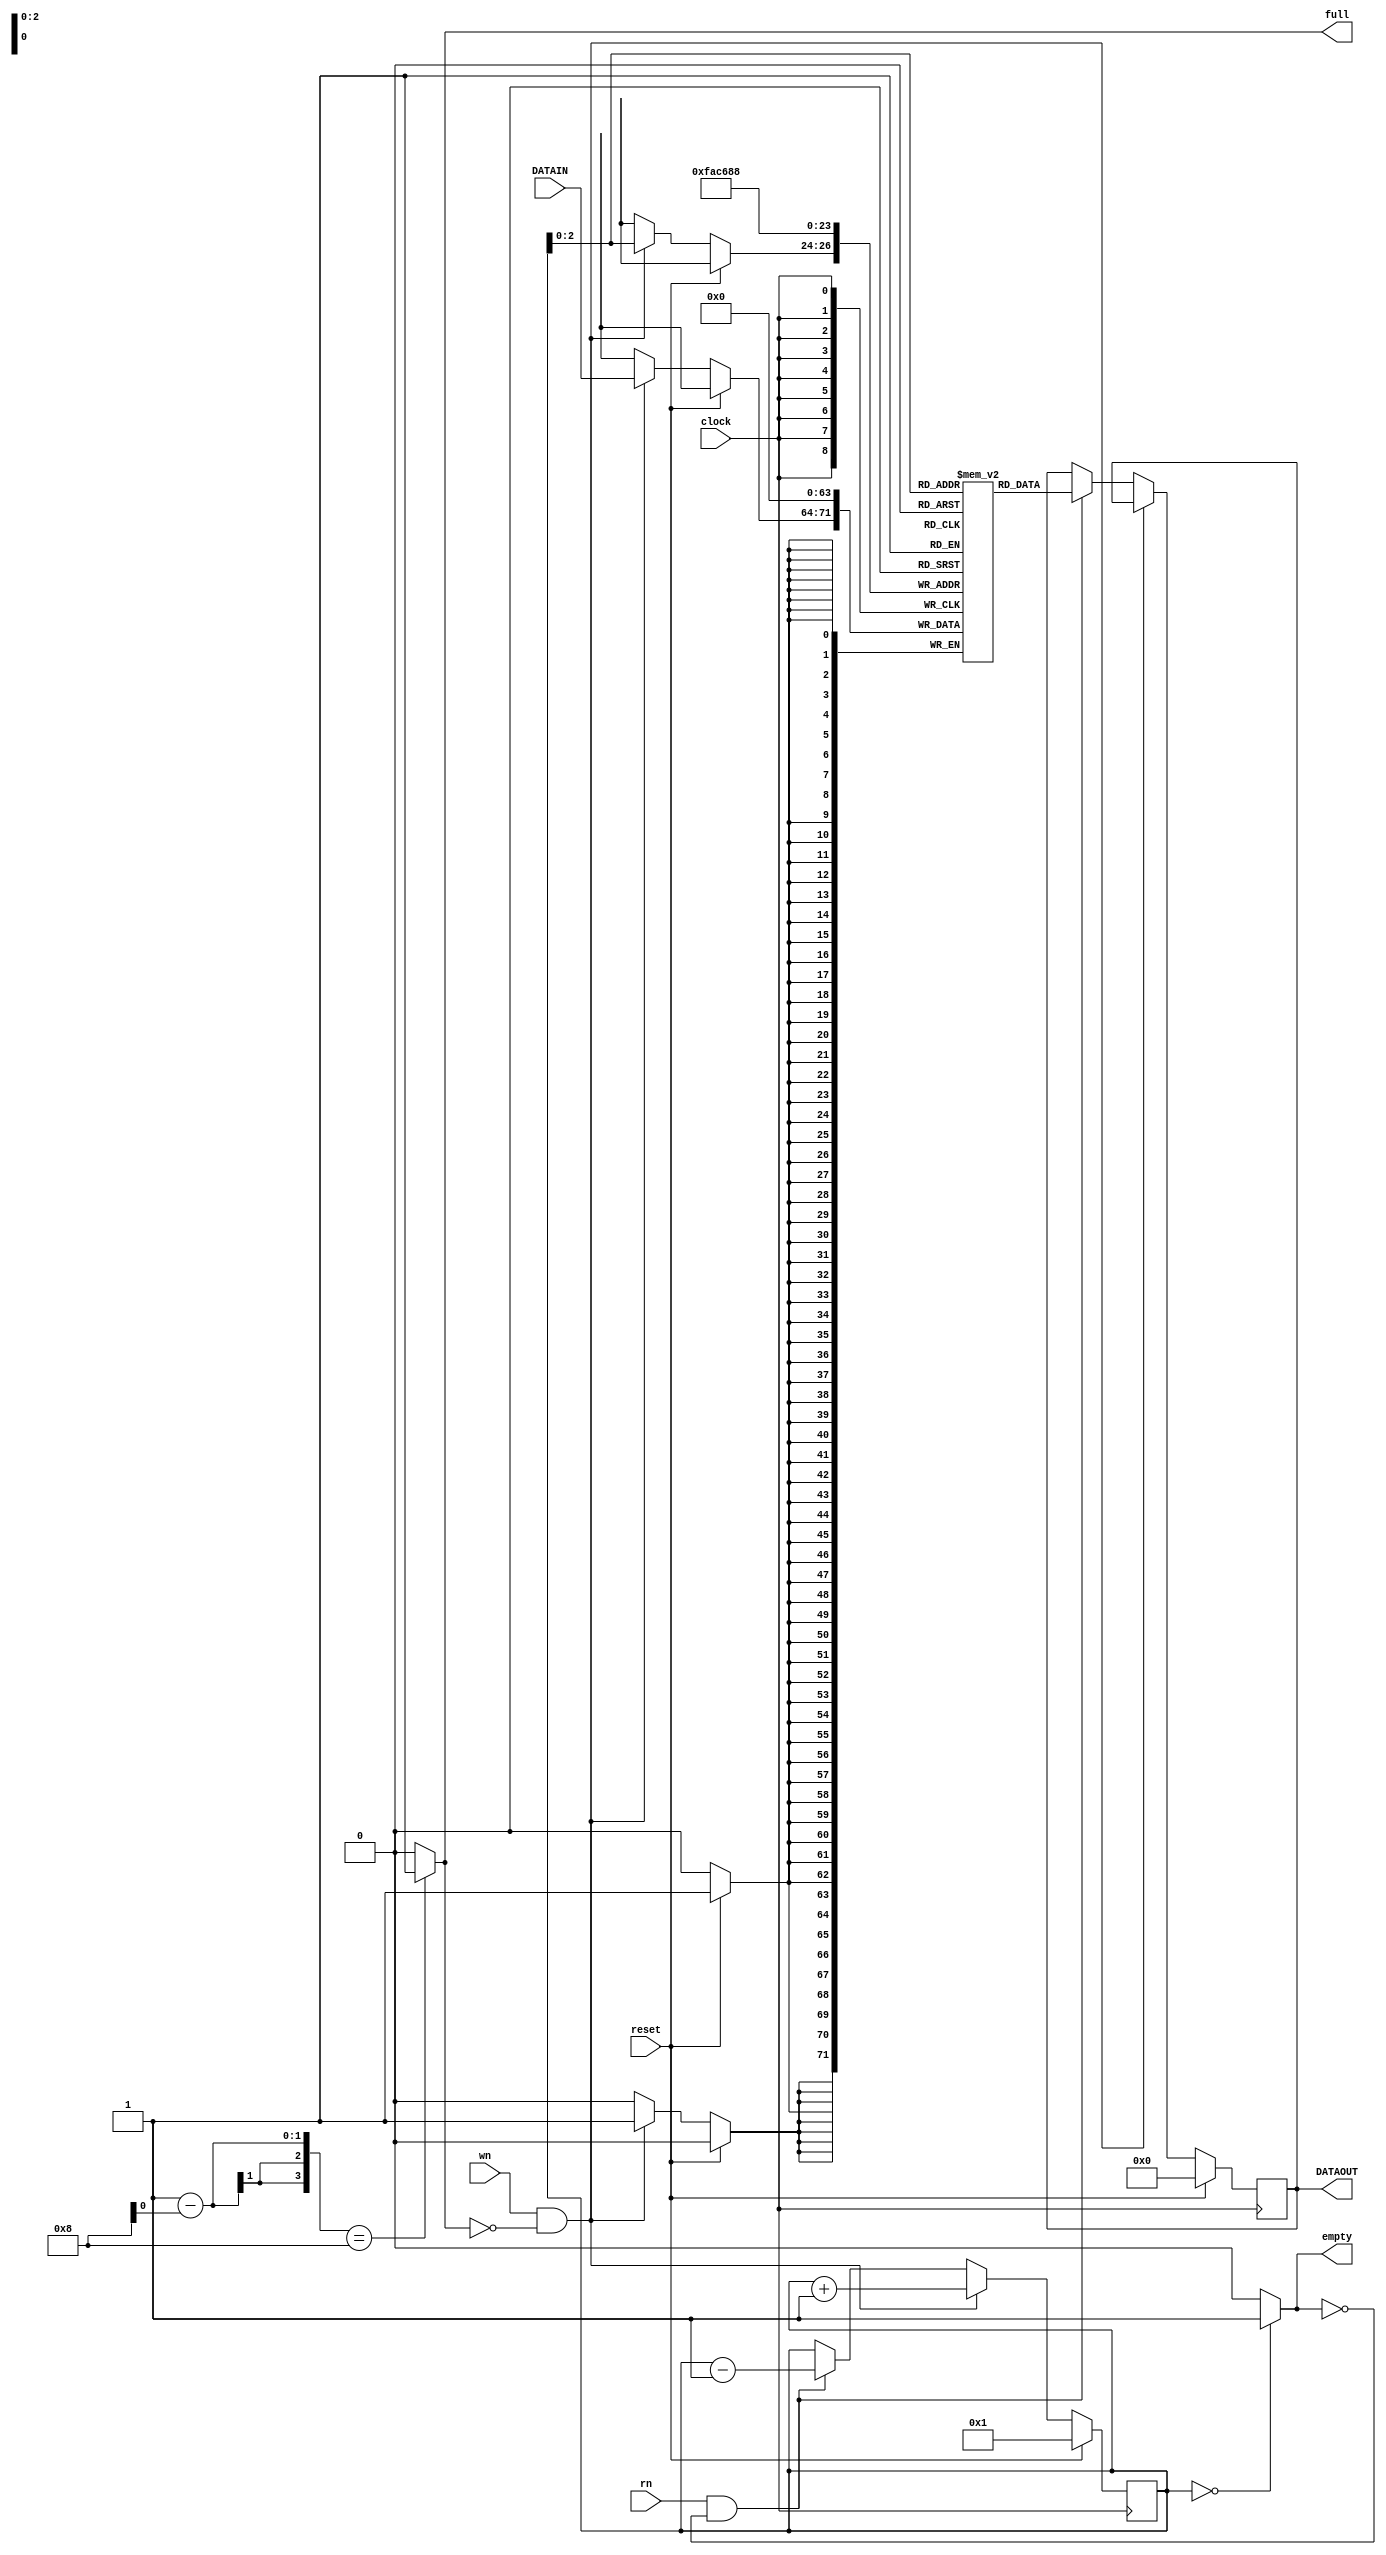
module jLIFO(DATAOUT, full, empty, clock, reset, wn, rn, DATAIN);
  output reg [7:0] DATAOUT;
  output full, empty;
  input [7:0] DATAIN;
  input clock, reset, wn, rn; // Need to understand what is wn and rn are for
  
  reg [3:0] sp; // pointers tracking the stack
  reg [7:0] memory [7:0]; // the stack is 8 bit wide and 8 locations in size
  
  assign full = (s-p == 4'b1000) ? 1 : 0;
  assign empty = (sp == 4'b0000) ? 1 : 0;
  
  always @(posedge clock)
  begin
    if (reset)
      begin
        memory[0] <= 0; memory[1] <= 0; memory[2] <= 0; memory[3] <= 0;
        memory[4] <= 0; memory[5] <= 0; memory[6] <= 0; memory[7] <= 0;
        DATAOUT <= 0; sp <= 1;
      end
    else if (wn & !full)
      begin
        memory[sp] <= DATAIN;
        sp <= sp + 1;
      end
    else if (rn & !empty)
      begin
        sp <= sp - 1;
        DATAOUT <= memory[sp];
      end
  end
endmodule